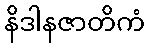
နိဒါနဇာတိကံ